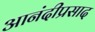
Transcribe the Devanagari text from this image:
आनंदीप्रसाद